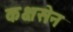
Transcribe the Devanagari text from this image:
कक्षसेन